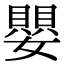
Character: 嬰